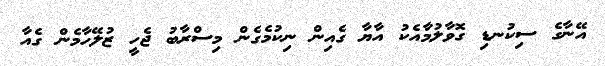
އޭނާގެ ސިކުނޑި ގޮވާލުމާއެކު އާޔާ ގެއިން ނިކުމެގެން މިސްރާބު ޖެހީ ޒުލޭހާމެން ގެއާ